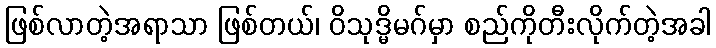
ဖြစ်လာတဲ့အရာသာ ဖြစ်တယ်၊ ဝိသုဒ္မိမဂ်မှာ စည်ကိုတီးလိုက်တဲ့အခါ